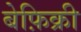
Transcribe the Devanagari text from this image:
बेफ़िक्री